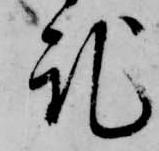
記